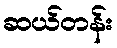
ဆယ်တန်း